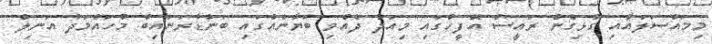
މިމައްސަލައާއި ގުޅިގެން ރައީސް އޮފީހުގައި މިއަދު ދެއްވި ބަޔާނެއްގައި ބަންޑާރަނައިބް މުހައްމަދު އަނިލް